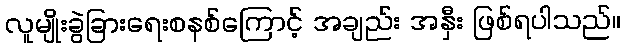
လူမျိုးခွဲခြားရေးစနစ်ကြောင့် အချည်း အနှီး ဖြစ်ရပါသည်။